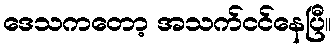
ဒေသကတော့ အသက်ငင်နေပြီ။